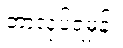
ဘာလုပ်ရမှန်း